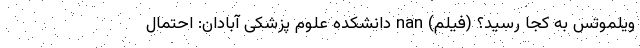
ویلموتس به کجا رسید؟ (فیلم) nan دانشکده علوم پزشکی آبادان: احتمال